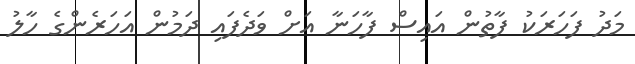
މަދު ފަހަރަކު ފާތުން އައިސް ފާހަނާ އަށް ވަދެފައި ދަމުން އަހަރެންގެ ހާލު